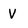
Character: V